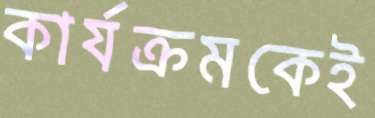
কার্যক্রমকেই